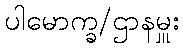
ပါမောက္ခ/ဌာနမှူး